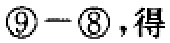
$\textcircled{9}-\textcircled{8}，得$